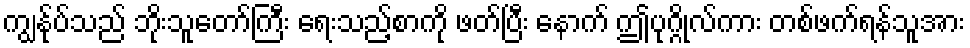
ကျွန်ုပ်သည် ဘိုးသူတော်ကြီး ရေးသည့်စာကို ဖတ်ပြီး နောက် ဤပုဂ္ဂိုလ်ကား တစ်ဖက်ရန်သူအား